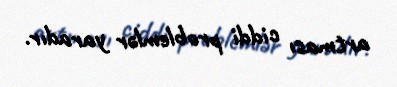
artması ciddi problemlər yaradır.